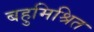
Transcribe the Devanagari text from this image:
बहुमिश्रित